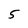
Character: 5